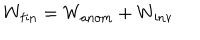
W _ { \mathrm { f i n } } = W _ { \mathrm { a n o m } } + W _ { \mathrm { i n v } }